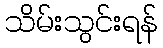
သိမ်းသွင်းရန်